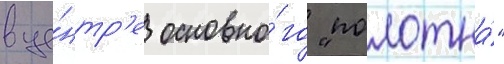
в це́нтр'е основно́го "полотна́"